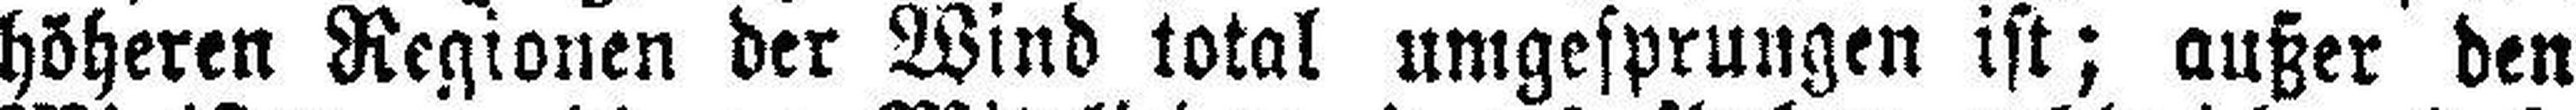
höheren Regionen der Wind total umgesprungen ist; außer den